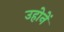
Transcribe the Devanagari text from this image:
उहोनें